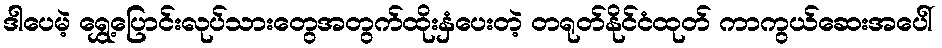
ဒါပေမဲ့ ရွှေ့ပြောင်းလုပ်သားတွေအတွက်ထိုးနှံပေးတဲ့ တရုတ်နိုင်ငံထုတ် ကာကွယ်ဆေးအပေါ်